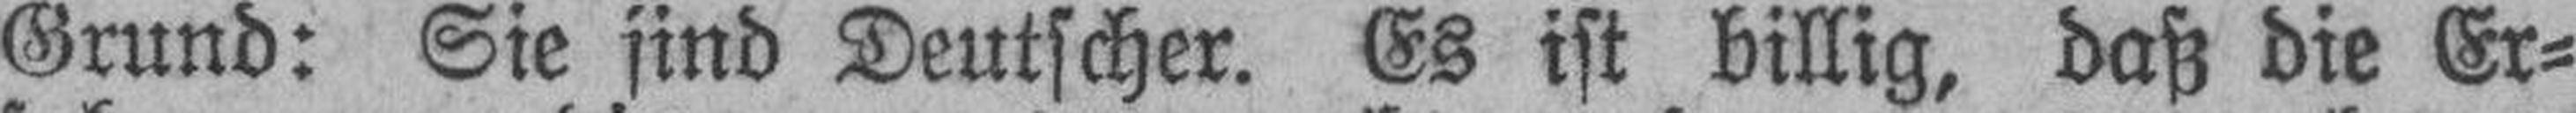
Grund: Sie sind Deutscher. Es ist billig, daß die Er¬